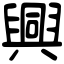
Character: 興